Vaccination in the Punjab 1883-1896 - 1883-1896
Year: 1883
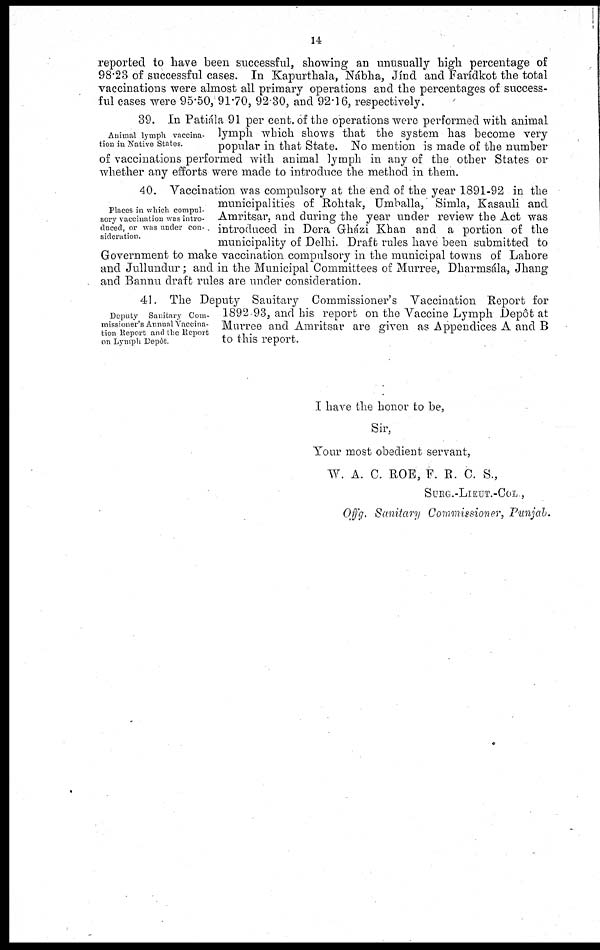
14
reported to have been successful, showing an unusually high percentage of
98.23 of successful cases. In Kapurthala, Nábha, Jínd and Farídkot the total
vaccinations were almost all primary operations and the percentages of success-
ful cases were 95.50, 91.70, 92.30, and 92.16, respectively.
Animal lymph vaccina-
tion in Native States.
39. In Patiála 91 per cent. of the operations were performed with animal
lymph which shows that the system has become very
popular in that State. No mention is made of the number
of vaccinations performed with animal lymph in any of the other States or
whether any efforts were made to introduce the method in them.
Places in which compul-
sory vaccination was intro-
duced, or was under con-
sideration.
40. Vaccination was compulsory at the end of the year 1891-92 in the
municipalities of Rohtak, Umballa, Simla, Kasauli and
Amritsar, and during the year under review the Act was
introduced in Dera Gházi Khan and a portion of the
municipality of Delhi. Draft rules have been submitted to
Government to make vaccination compulsory in the municipal towns of Lahore
and Jullundur; and in the Municipal Committees of Murree, Dharmsála, Jhang
and Bannu draft rules are under consideration.
Deputy Sanitary Com-
missioner's Annunl Vaccina-
tion Report and the Report
on Lymph Depôt.
41. The Deputy Sanitary Commissioner's Vaccination Report for
1892-93, and his report on the Vaccine Lymph Depôt at
Murree and Amritsar are given as Appendices A and B
to this report.
I have the honor to be,
Sir,
Your most obedient servant,
W. A. C. ROE, F. R. C. S.,
SURG.-LIEUT.-COL ,
Offg. Sanitary Commissioner, Punjab.